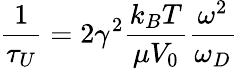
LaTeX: {\frac{1}{\tau_{U}}}=2\gamma^{2}{\frac{k_{B}T}{\mu V_{0}}}{\frac{\omega^{2}}{\omega_{D}}}